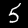
Digit: 5